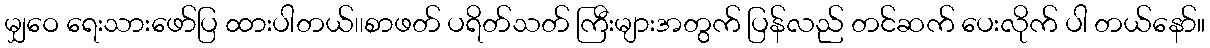
မျှဝေ ရေးသားဖော်ပြ ထားပါတယ်၊၊စာဖတ် ပရိတ်သတ် ကြီးများအတွက် ပြန်လည် တင်ဆက် ပေးလိုက် ပါ တယ်နော်။